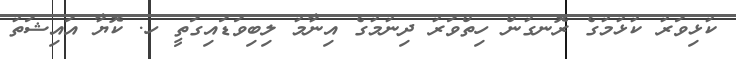
ކުޅިވަރު ކުޅުމުގެ ރޮނގުން ހިތްވަރު ދިނުމުގެ އިނާމު ލިބިވަޑައިގަތީ ހ. ކޮޔާ އައިޝަތު